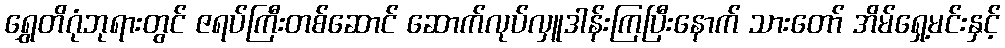
ရွှေတိဂုံဘုရားတွင် ဇရပ်ကြီးတစ်ဆောင် ဆောက်လုပ်လှူဒါန်းကြပြီးနောက် သားတော် အိမ်ရှေ့မင်းနှင့်